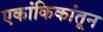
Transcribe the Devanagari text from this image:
एकांकिकांतून